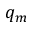
q _ { m }